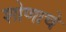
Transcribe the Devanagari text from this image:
शोणाचे